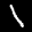
Label: 1